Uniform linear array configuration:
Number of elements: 24
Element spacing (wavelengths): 0.75
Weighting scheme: binomial
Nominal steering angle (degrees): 60
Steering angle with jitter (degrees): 59.598
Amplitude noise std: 0.05
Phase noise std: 0.05

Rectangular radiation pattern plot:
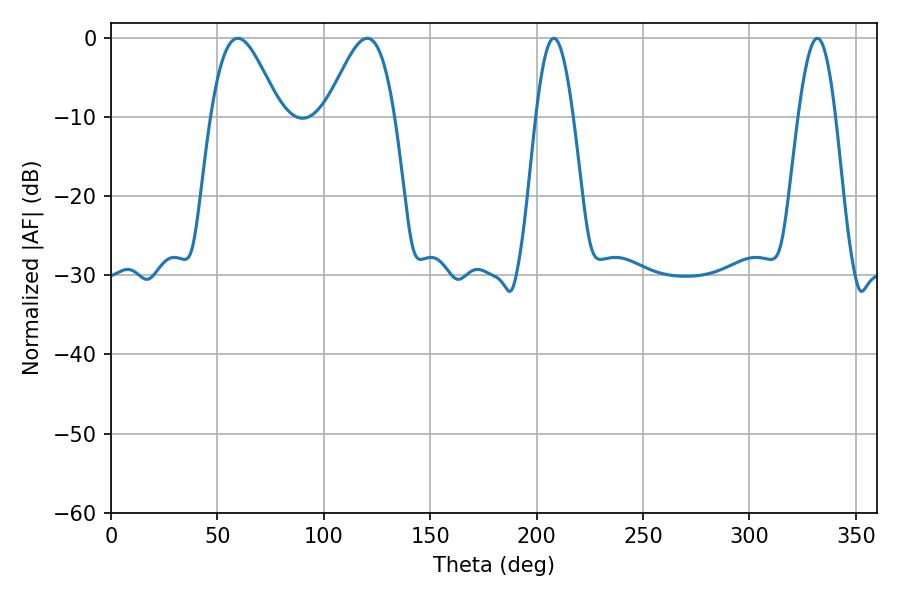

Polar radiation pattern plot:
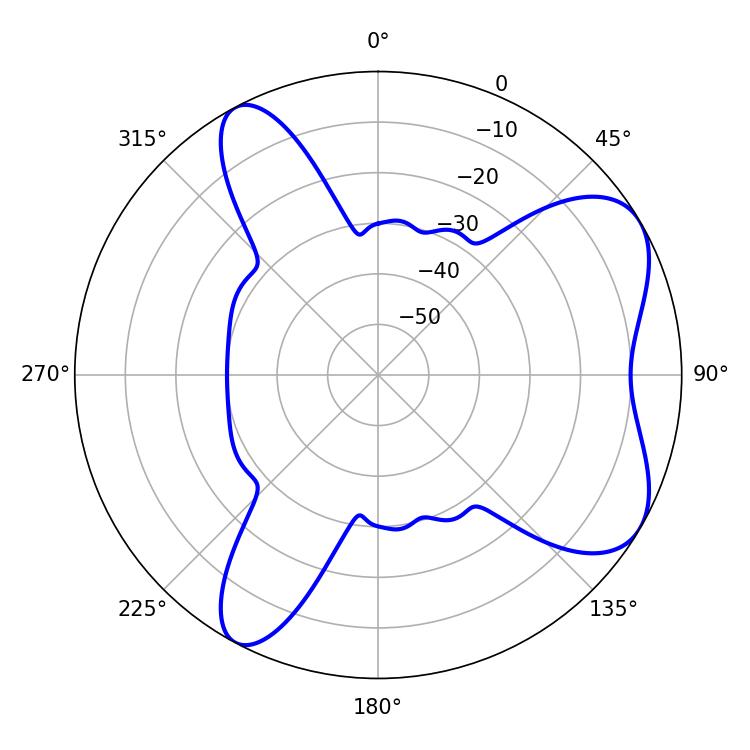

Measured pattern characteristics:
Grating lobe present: TRUE
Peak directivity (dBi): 6.586
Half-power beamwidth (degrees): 17.28
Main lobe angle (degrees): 59.58